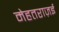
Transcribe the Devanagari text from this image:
मेहतराज़ई